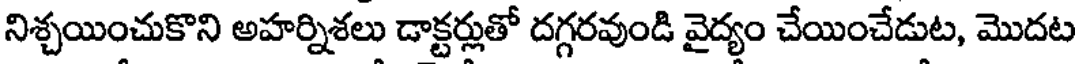
నిశ్చయించుకొని అహర్నిశలు డాక్టర్లుతో దగ్గరవుండి వైద్యం చేయించేడుట, మొదట